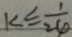
k \leq \frac { 1 } { 2 4 }